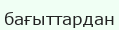
бағыттардан